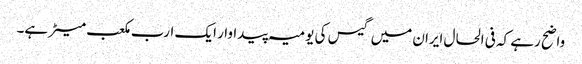
واضح رہے کہ فی الحال ایران میں گیس کی یومیہ پیداوار ایک ارب مکعب میٹر ہے۔